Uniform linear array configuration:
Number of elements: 24
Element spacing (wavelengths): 0.5
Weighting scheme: blackman
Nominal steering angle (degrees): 45
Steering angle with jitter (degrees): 43.612
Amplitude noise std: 0.05
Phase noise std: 0.05

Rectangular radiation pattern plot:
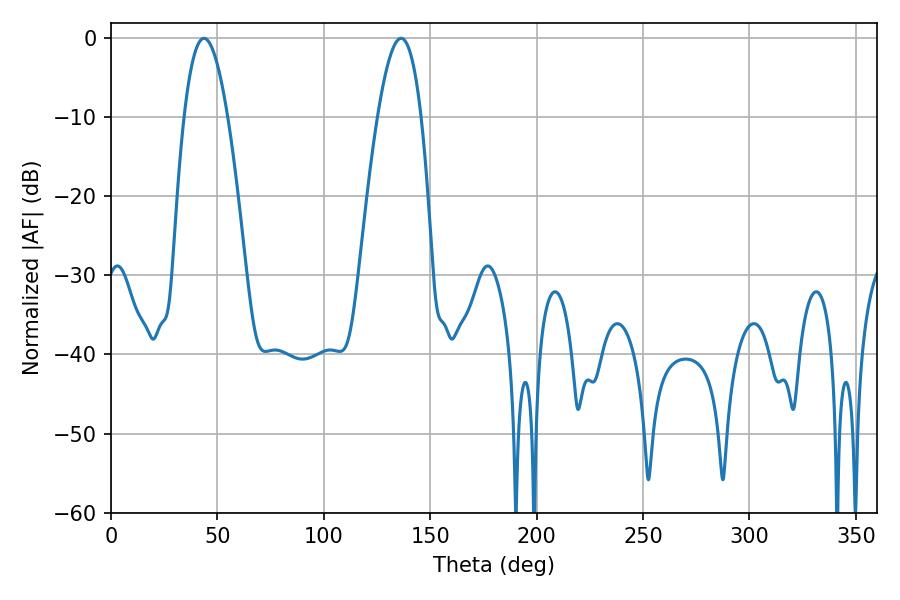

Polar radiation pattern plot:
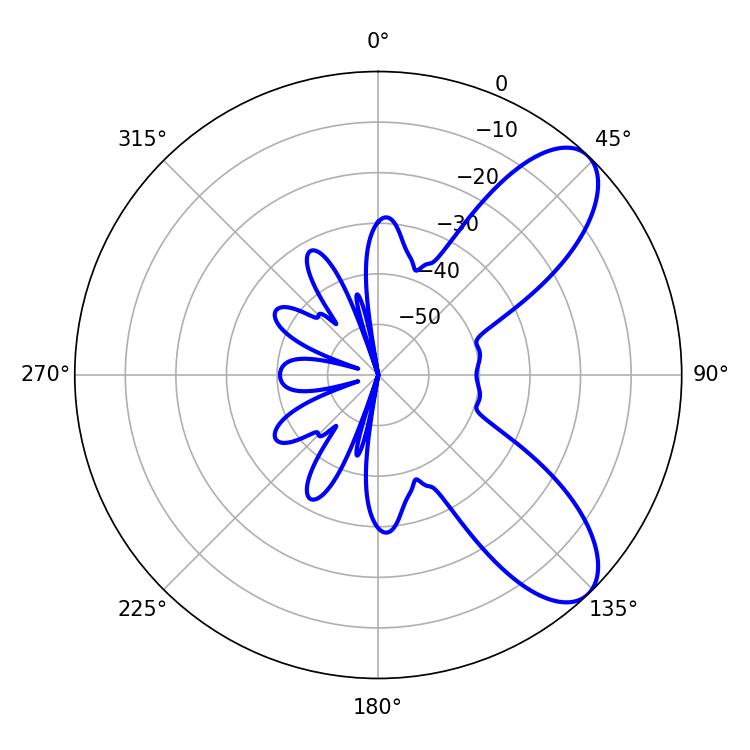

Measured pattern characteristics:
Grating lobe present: FALSE
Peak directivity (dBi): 8.343
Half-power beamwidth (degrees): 11.16
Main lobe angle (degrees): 43.74